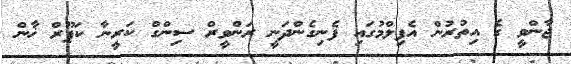
ޖާންވީ ގެ އިތުރުން އެފިލްމުގައި ފެނިގެންދަނީ ރަންވީރް ސިންގް ކަރީނާ ކަޕޫރް ޚާން